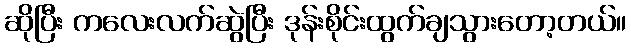
ဆိုပြီး ကလေးလက်ဆွဲပြီး ဒုန်းစိုင်းထွက်ချသွားတော့တယ်။